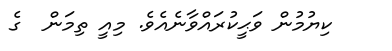
ކިޔުމުން ވަޙީކުރައްވާނެއެވެ. މިއީ ތިމަން  ގެ